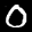
Label: 0